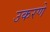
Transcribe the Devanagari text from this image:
उकरणे